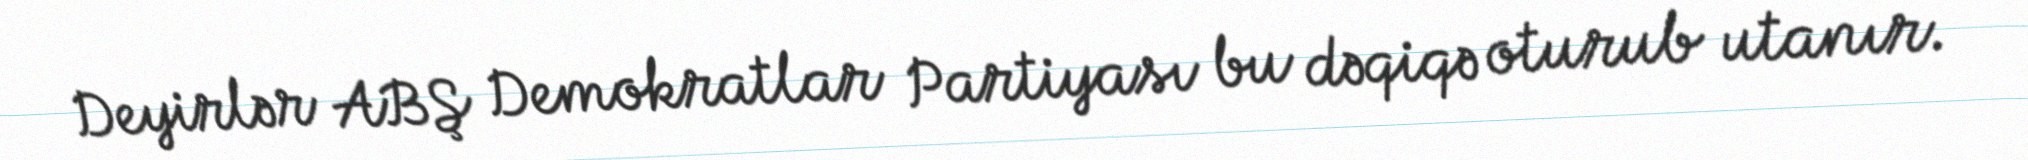
Deyirlər ABŞ Demokratlar Partiyası bu dəqiqə oturub utanır.